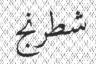
شطرنج